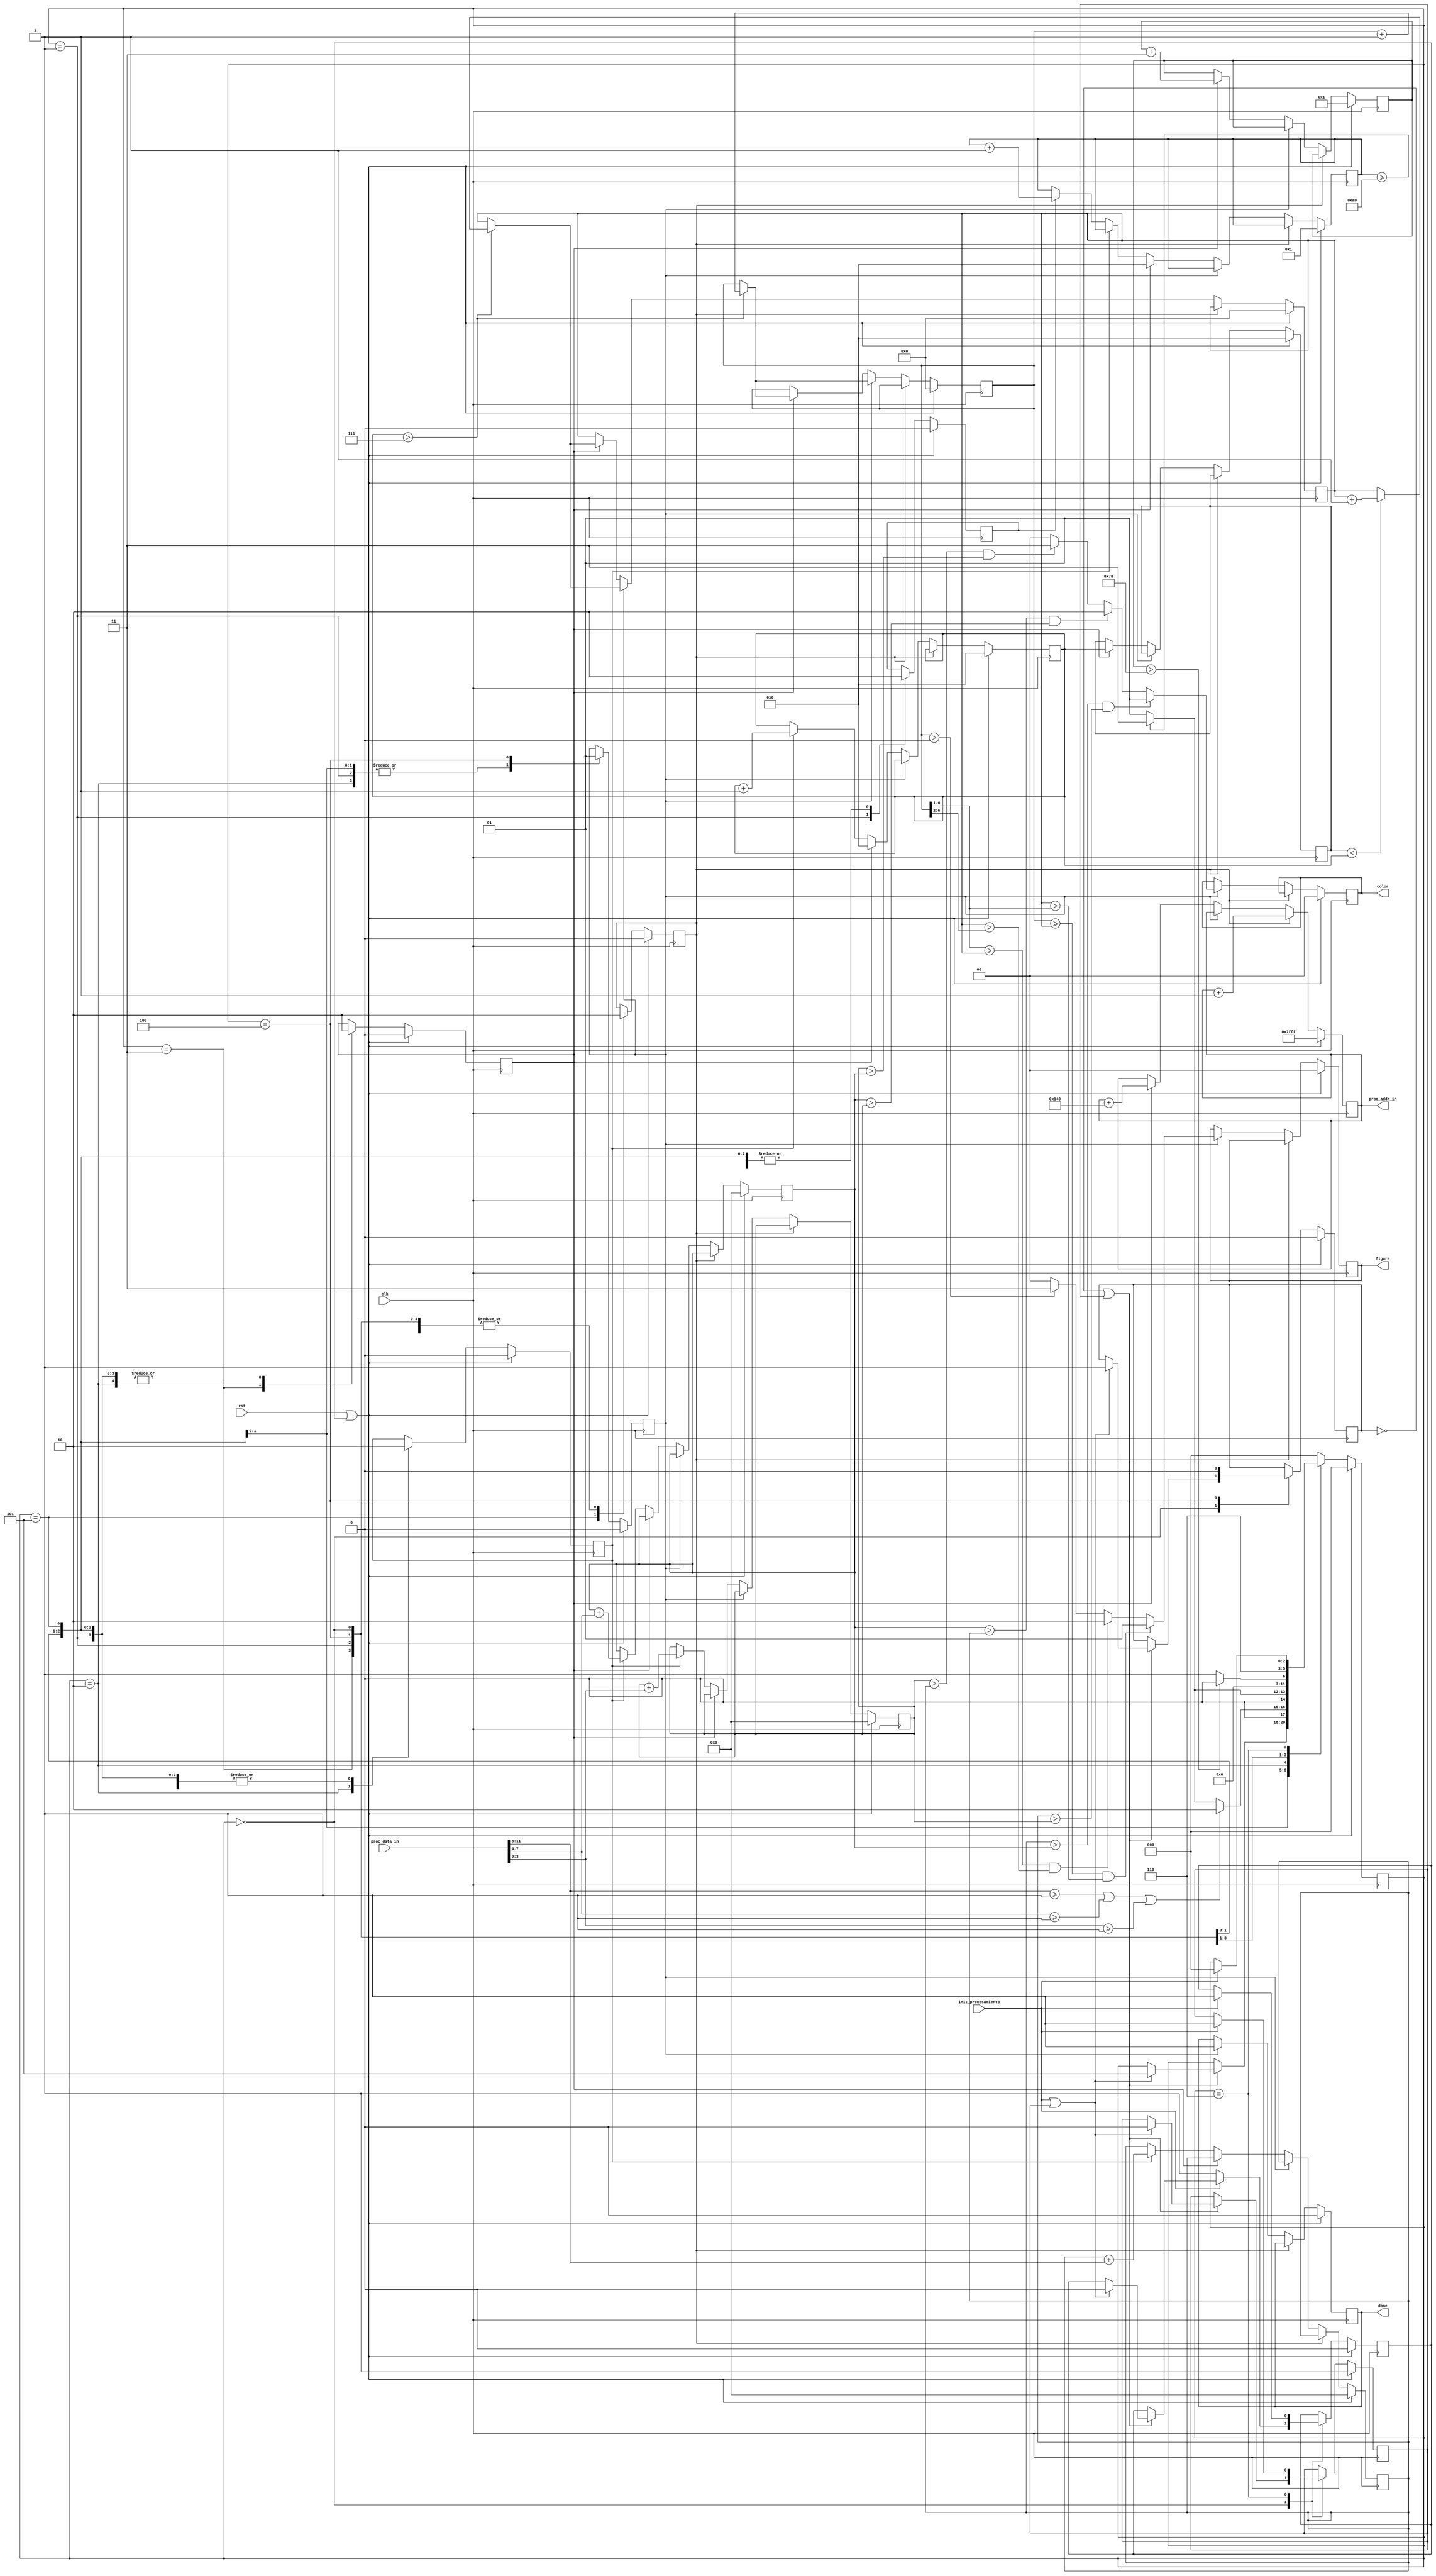
`timescale 10ns / 1ns

module procesamiento#(
		parameter n = 120,  // Filas
		parameter m = 160,  // columas
		parameter AW = 15,		 // Cantidad de bits  de la direccion.
	    parameter DW = 12		 // Cantidad de Bits de los datos.
		
		)
		(
		//entradas
		clk,
		rst,
		init_procesamiento,
		proc_addr_in, // Direccin entrada dada por el capturador.
	    proc_data_in, // Datos que entran de la cmara.
	    
	    //salidas
	    color,
	    figure,
	    done
	    
   );
        input clk;
		input rst;
		input init_procesamiento;
		output reg [AW-1: 0] proc_addr_in=15'b1111_1111_1111_111; // Direccin entrada dada por el capturador.
	    input [DW-1: 0] proc_data_in; // Datos que entran de la cmara.
	    
	
		output reg [1:0] color=0; 
		output reg [1:0] figure=0;
		output reg  done=0;
		reg [18:0] R;
		reg [18:0] G;
		reg [18:0] B;
		localparam min_R=1;
		localparam min_G=1;
		localparam min_B=1;

localparam INIT=0,ADD_COL=1,SEL_COL=2,ADD_ACH_MAY=3,DONE=4,CARGAR_DATO=5,NOTHING=6, imaSiz=19200;
reg Done=0,Add_Anc_May=0, Sel_Color=0, Add_Columna=0, Cargar_Dato=0, Reset=0;
reg [2:0]status=0;

reg was_init_procesamiento=0; // Habilita volver a procesa
reg aux_init_procesamiento=0; //Guarda la orden de inicio de procesamiento
reg enable=1;
reg [7:0] col=0;
reg [6:0] fil=1;

localparam min_ancho_actual=7;
reg [7:0] ancho_actual=0;
reg [7:0] ancho_anterior=0;
reg [6:0] ancho_mayor=0;
reg [6:0] fila_valida=0;
//reg [6:0] limite_superior=0;
//reg [6:0] limite_inferior=0;

always @(negedge clk) begin
    if(rst|Reset) begin
        color<=0; 
        figure<=0;
        done<=0;
            
        
        
        col<=1;
        fil<=1;
        
        ancho_actual<=0;
        ancho_anterior<=0;
        ancho_mayor<=0;
        fila_valida<=0;
        
        
        R<=0;
        G<=0;
        B<=0;
        
        
        aux_init_procesamiento<=0;
        proc_addr_in<=15'b1111_1111_1111_111;
        
        end
    
        else begin
        if(Cargar_Dato) begin
          proc_addr_in=proc_addr_in+1;
        end
        
        else if(Done) begin
        done<=1;
        
        aux_init_procesamiento<=0;
        // Se hace necesaria la ltima comparacin
        if(ancho_actual>min_ancho_actual)begin 
                fila_valida<=fila_valida+1;
                if(ancho_anterior<ancho_actual)ancho_mayor<=ancho_mayor+1;
            end
        
        // Para el color

        if(R>G&R>B) color<=1; // Color Rojo
        else if(G>R&G>B) color<=2; // Color Verde
        else if(B>R&B>G) color<=3; // Color Azul
        else color<=0;
        
        // Para la Figura
       //fila_valida-(fila_valida>>4) Se hacen 4 corrimiento a derecha lo que equivale al 1/2^2 porciento de error admitido
       //(fila_valida+(fila_valida>>4))>>1 hace referencia al 50 porciento de las filas validas mas un error. 
        if(fila_valida>=ancho_mayor&ancho_mayor>(fila_valida>>1)) figure<=1;// Tringulo
        else if((fila_valida>>1)>=ancho_mayor&ancho_mayor>(fila_valida>>2)) figure<=2; // crculo
        else if(fila_valida>0) figure<=3; // cuadrado
        else figure<=0;
        
        end
        
        else if (Add_Anc_May)begin
        fil<=fil+3;
        proc_addr_in<=proc_addr_in+2*m;
        col<=0;
            if(ancho_actual>min_ancho_actual)begin 
                
                fila_valida<=fila_valida+1;
                if(ancho_anterior<ancho_actual)ancho_mayor<=ancho_mayor+1;
            
            end
        ancho_anterior<=ancho_actual;
        ancho_actual<=0;       
        end
        
        else if (Sel_Color)begin
        ancho_actual<=ancho_actual+1;
        R<=R+proc_data_in[11:8];
        G<=G+proc_data_in[7:4];
        B<=B+proc_data_in[3:0];
        end
        else if (Add_Columna)begin
        col<=col+1; 
        end
        
    end        
    
end

always @(posedge clk)begin
    if(rst|Reset)begin
    status<=0;
    Done<=0;
    Add_Anc_May<=0; 
    Sel_Color<=0; 
    Add_Columna<=0; 
    Cargar_Dato<=0;
    Reset<=0;
    enable<=1;
    was_init_procesamiento<=0;
    end
    else begin
     case (status)
         INIT:begin
         Done<=0;
         Add_Anc_May<=0;
         Sel_Color<=0;
         Add_Columna<=0;
         Cargar_Dato<=0;
         
         if((~was_init_procesamiento)|enable)begin
            if(init_procesamiento|enable)begin
               was_init_procesamiento<=1;
               Reset<=0;
               status<=CARGAR_DATO;
               enable<=0;       
            end
         aux_init_procesamiento<=init_procesamiento;
         end
         
         if(~init_procesamiento) Reset<=1;
            
         
         end
         
         CARGAR_DATO:begin 
         Done<=0;
         Add_Anc_May<=0;
         Sel_Color<=0;
         Add_Columna<=0;
         Cargar_Dato<=1;
         
         
         
         if(proc_data_in[11:8]>=min_R|proc_data_in[7:4]>=min_G|proc_data_in[3:0]>=min_B) begin 
         status<=SEL_COL;
         end
         else if(col>=m) begin
         status<=ADD_ACH_MAY;
         end
         else status<=ADD_COL;
         
         end
         
         SEL_COL: begin
         
         Done<=0;
         Add_Anc_May<=0;
         Sel_Color<=1;
         Add_Columna<=0;
         Cargar_Dato<=0;
         
         if(col>=m)begin
         status<=ADD_ACH_MAY;
         end
         else status<=ADD_COL;
       
         end
         
         ADD_ACH_MAY:begin
         Add_Anc_May<=1;
         Sel_Color<=0;
         Add_Columna<=0;
         Cargar_Dato<=0;
         
         status<=ADD_COL;
         end
         
         ADD_COL:begin 
         Done<=0;
         Add_Anc_May<=0;
         Sel_Color<=0;
         Add_Columna<=1;
         Cargar_Dato<=0;
            
         if(fil>n) status=DONE;
         else status=CARGAR_DATO;      
         end
          
         DONE:begin
             Done<=1;
             Add_Anc_May<=0;
             Sel_Color<=0;
             Add_Columna<=0;
             Cargar_Dato<=0;
             
             was_init_procesamiento<=0;
         status<=NOTHING;
         end
         
         NOTHING:begin
         
             if(init_procesamiento)begin
                 status<=INIT;
                 enable<=1;
                 Reset<=1;  
              end
             
         end
         
         default: status<=INIT;
    endcase
 end
end
		

endmodule